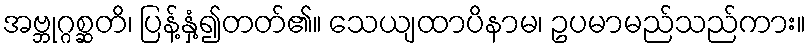
အဗ္ဘုဂ္ဂစ္ဆတိ၊ ပြန့်နှံ့၍တတ်၏။ သေယျထာပိနာမ၊ ဥပမာမည်သည်ကား။